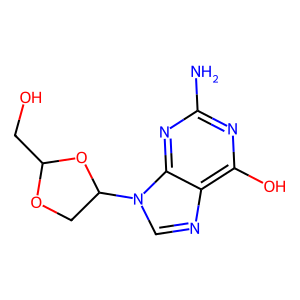
SMILES: Nc1nc(O)c2ncn(C3COC(CO)O3)c2n1
Inhibits HIV replication: Yes